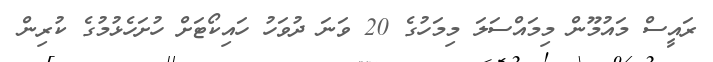
ރައީސް މައުމޫން މިމައްސަލަ މިމަހުގެ 20 ވަނަ ދުވަހު ހައިކޯޓަށް ހުށަހެޅުމުގެ ކުރިން